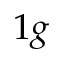
1 g